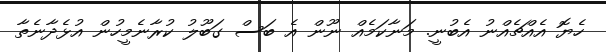
ހެޔޮ އެއްޗެއްނު އެބުނީ. މަނާކަމެއް ނޫން އެ ބަސް ގަބޫލު ކުރާނެމީހުން އުޅެދާނެތާ